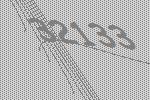
32133